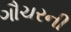
ગૌચરની